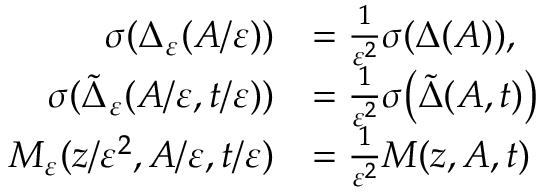
\begin{array} { r l } { \sigma ( \Delta _ { \varepsilon } ( A / \varepsilon ) ) } & { = \frac { 1 } { \varepsilon ^ { 2 } } \sigma ( \Delta ( A ) ) , } \\ { \sigma ( \widetilde { \Delta } _ { \varepsilon } ( A / \varepsilon , t / \varepsilon ) ) } & { = \frac { 1 } { \varepsilon ^ { 2 } } \sigma \big ( \widetilde { \Delta } ( A , t ) \big ) } \\ { M _ { \varepsilon } ( z / \varepsilon ^ { 2 } , A / \varepsilon , t / \varepsilon ) } & { = \frac { 1 } { \varepsilon ^ { 2 } } M ( z , A , t ) } \end{array}